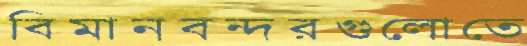
বিমানবন্দরগুলোতে